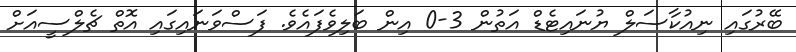
ބޭރުގައި ނިއުކާސަލް ޔުނައިޓެޑް އަތުން 3-0 އިން ބަލިވެފައެވެ. ފަސްވަނައިގައި އޮތް ޗެލްސީއަށް